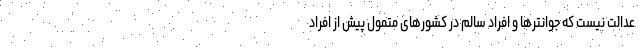
عدالت نیست که جوانترها و افراد سالم در کشورهای متمول پیش از افراد